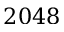
2 0 4 8